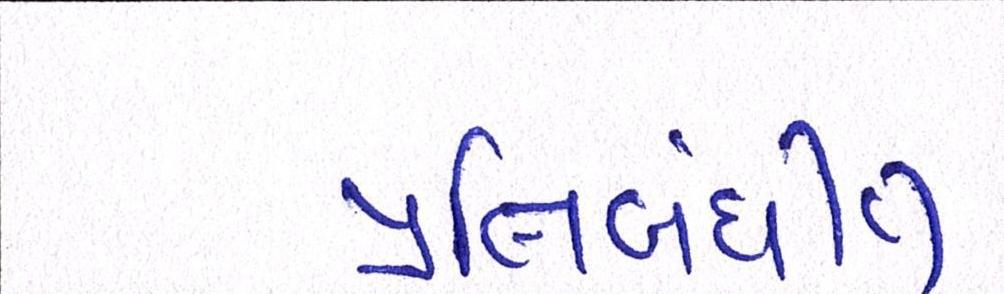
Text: પ્રતિબંધીત